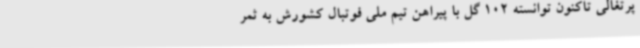
پرتغالی تاکنون توانسته 102 گل با پیراهن تیم ملی فوتبال کشورش به ثمر